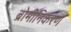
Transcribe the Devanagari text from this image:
ब्रोमीनिकरण